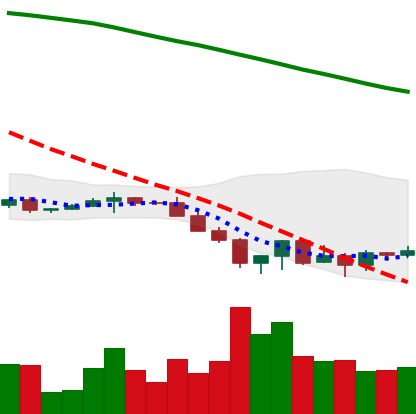
Ticker: XRP-USD
Chart end date: 2022-06-21
Forward return: 9.201%
Label: up_7plus